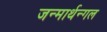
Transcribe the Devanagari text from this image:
जन्मार्थन्गल